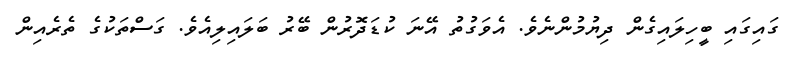
ގައިގައި ބީހިލައިގެން ދިޔުމުންނެވެ. އެވަގުތު އޭނަ ކުޑަދޮރުން ބޭރު ބަލައިލިއެވެ. ގަސްތަކުގެ ތެރެއިން